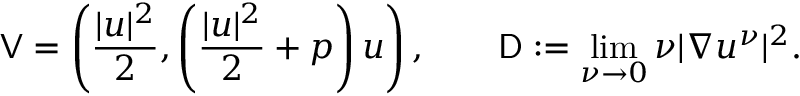
\mathsf { V } = \left( \frac { | u | ^ { 2 } } { 2 } , \left( \frac { | u | ^ { 2 } } { 2 } + p \right) u \right) , \qquad \mathsf { D } : = \operatorname* { l i m } _ { \nu \to 0 } \nu | \nabla u ^ { \nu } | ^ { 2 } .